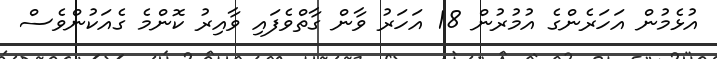
އުޅެމުން އަހަރެންގެ އުމުރުން 18 އަހަރު ވާން ގާތްވެފައި ވާއިރު ކޮންމެ ގެއަކުންވެސް